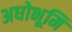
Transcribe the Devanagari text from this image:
अधोभूमि